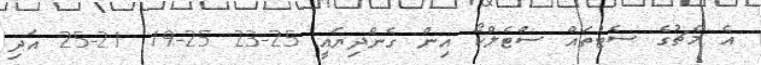
އެ މެޗުގެ ސެޓުތައް ސްޓެލްކޯ އިން ގެންދިޔައީ 25-23 25-19 21-25 އަދި